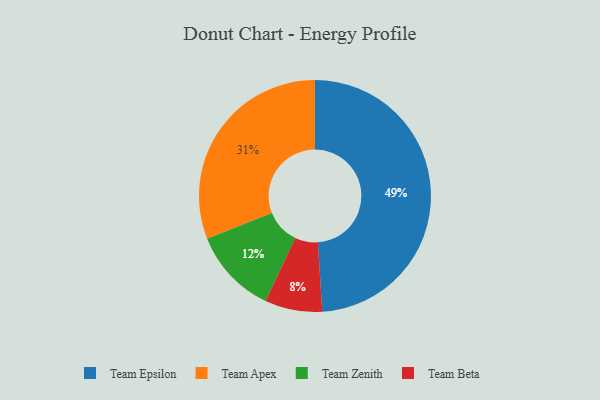
{"axis": {"x": "Category", "y": "Percentage"}, "legend": ["Team Apex", "Team Beta", "Team Epsilon", "Team Zenith"], "data": [{"x": "Team Beta", "y": 8, "type": "Team Beta"}, {"x": "Team Apex", "y": 31, "type": "Team Apex"}, {"x": "Team Epsilon", "y": 49, "type": "Team Epsilon"}, {"x": "Team Zenith", "y": 12, "type": "Team Zenith"}]}